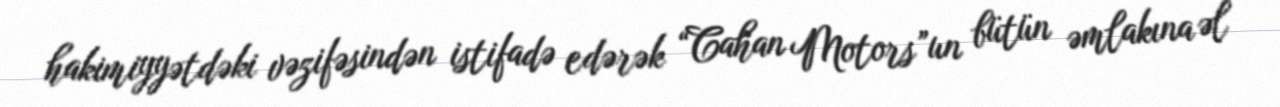
hakimiyyətdəki vəzifəsindən istifadə edərək “Cahan Motors”un bütün əmlakına əl